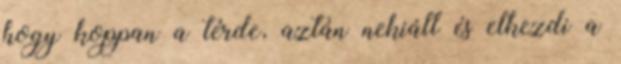
hogy koppan a térde, aztán nekiáll és elkezdi a